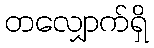
တလျှောက်ရှိ